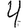
Digit: 4